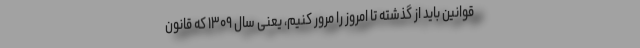
قوانین باید از گذشته تا امروز را مرور کنیم، یعنی سال ۱۳۰۹ که قانون